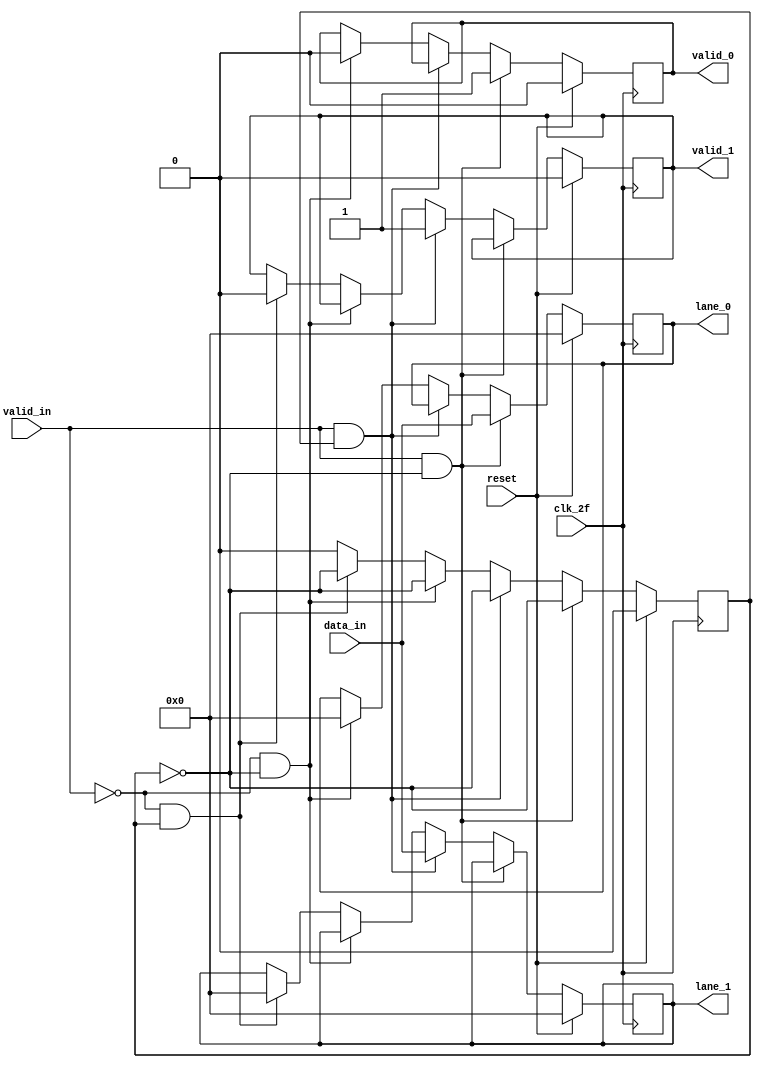
module striping
(
    input clk_2f,
	input [31:0] data_in,
	input valid_in,
	input reset,
	output reg [31:0] lane_0,
	output reg [31:0] lane_1,
    output reg valid_0,
    output reg valid_1
);
reg selector;
always @(posedge clk_2f) 
begin
    if(reset == 1)
    begin
        selector<=0; //permanecer todas las salidas en bajo
        valid_0 <= 0;
        valid_1 <= 0;
        lane_1 <= 0;
        lane_0<= 0;
    end
    else 
    begin
        selector <= 0;
        if(valid_in == 1 && selector == 0 ) 
        begin
            lane_0 <= data_in;
            selector <= ~selector; //hacer toggle a selector para enviar datos por 2 canales en diferentes en cada ciclo siempre
            valid_0 <= 1; //enable lane 0
        end

        else if(valid_in == 1 && selector == 1) begin
            lane_1 <= data_in;
            selector <= ~selector;
            valid_1 <= 1; //enable lane 1
        end

        else if (valid_in == 0 && selector == 0) begin
            selector <= ~selector; //continuar haciendo toogle aunque valid este en 0
            lane_0 <= 32'h00000000;
            valid_0<=0;
        end
        else if (valid_in == 0 && selector == 1) 
        begin
            selector <= ~selector;
            lane_1 <= 32'h00000000;
            valid_1 <= 0;
        end
    end
end
endmodule